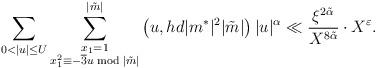
LaTeX: \begin{align*} \sum\limits_{0<|u|\le U} \sum\limits_{\substack{x_1=1\\ x_1^2\equiv -\overline{3}u \bmod{|\tilde{m}|}}}^{|\tilde{m}|} \left(u,hd|m^{\ast}|^2|\tilde{m}|\right) |u|^{\alpha}\ll \frac{\xi^{2\tilde{\alpha}}}{X^{8\tilde{\alpha}}}\cdot X^{\varepsilon}.\end{align*}